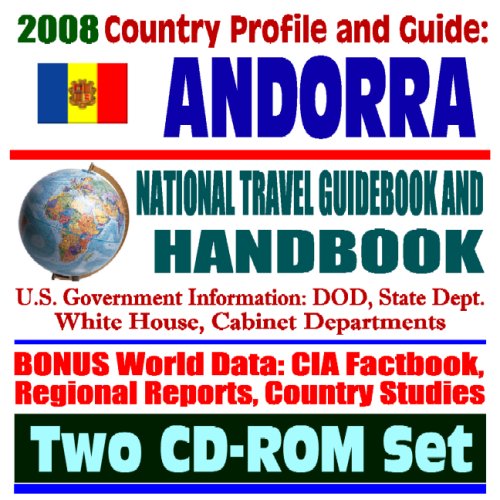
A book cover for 2008 Country Profile and Guide to Andorra - National Travel Guidebook and Handbook, U.S. Relations, Business, Trade, Agriculture (Two CD-ROM Set); U.S. Government; Travel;